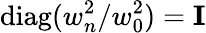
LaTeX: \mathrm{diag}(w_{n}^{2}/w_{0}^{2})={\mathbf I}